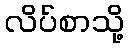
လိပ်စာသို့